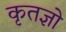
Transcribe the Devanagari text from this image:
कृतज्ञो